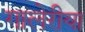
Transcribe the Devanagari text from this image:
गालेरीया